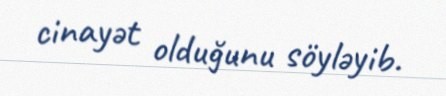
cinayət olduğunu söyləyib.